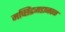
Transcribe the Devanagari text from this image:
मच्छिंद्रगडाजवळ